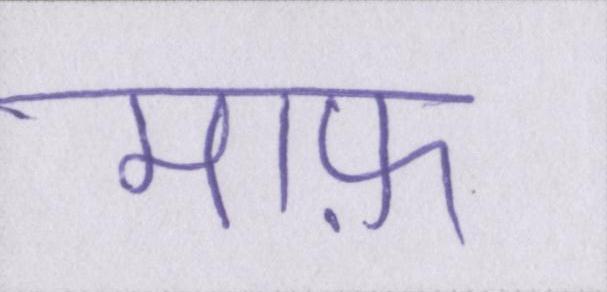
माफ़